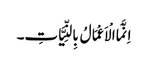
اِنَّمَا الْاَعْمَالُ بِالنِّیَّاتِ۔